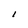
Character: I